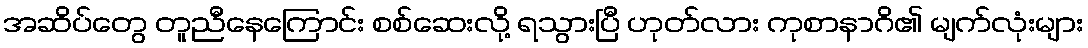
အဆိပ်တွေ တူညီနေကြောင်း စစ်ဆေးလို့ ရသွားပြီ ဟုတ်လား ကုစာနာဂိ၏ မျက်လုံးများ